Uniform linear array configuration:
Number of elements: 32
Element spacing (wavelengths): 0.25
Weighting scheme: kaiser
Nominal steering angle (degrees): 45
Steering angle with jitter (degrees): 46.859
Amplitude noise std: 0.05
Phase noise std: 0.05

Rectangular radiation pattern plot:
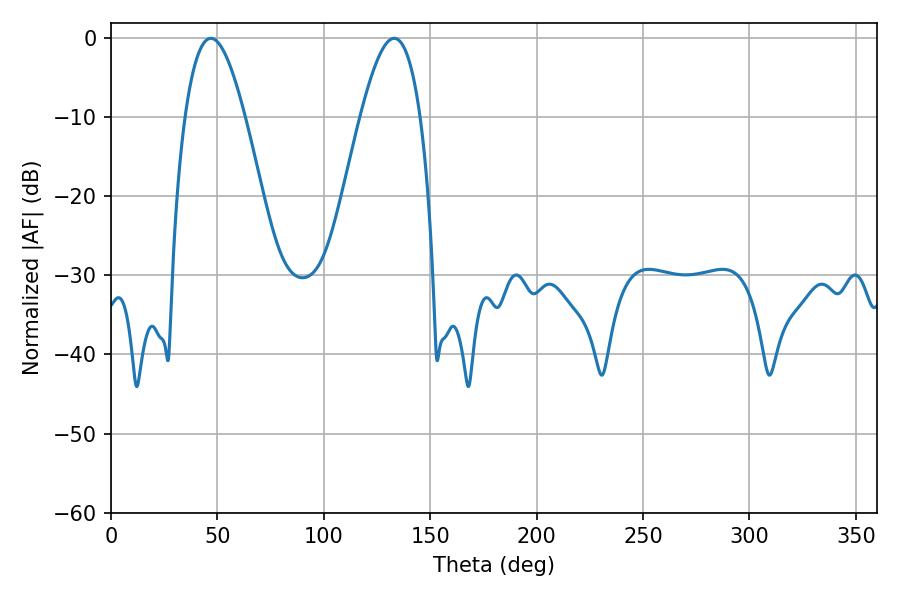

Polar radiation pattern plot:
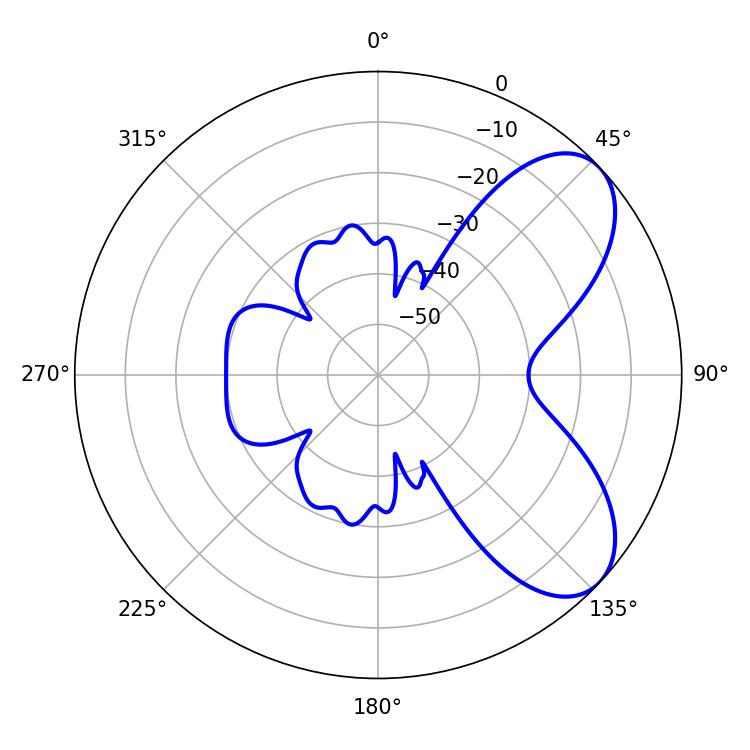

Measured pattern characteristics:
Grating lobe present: FALSE
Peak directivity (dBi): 6.701
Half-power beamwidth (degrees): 15.3
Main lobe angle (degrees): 46.98